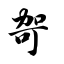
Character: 哿